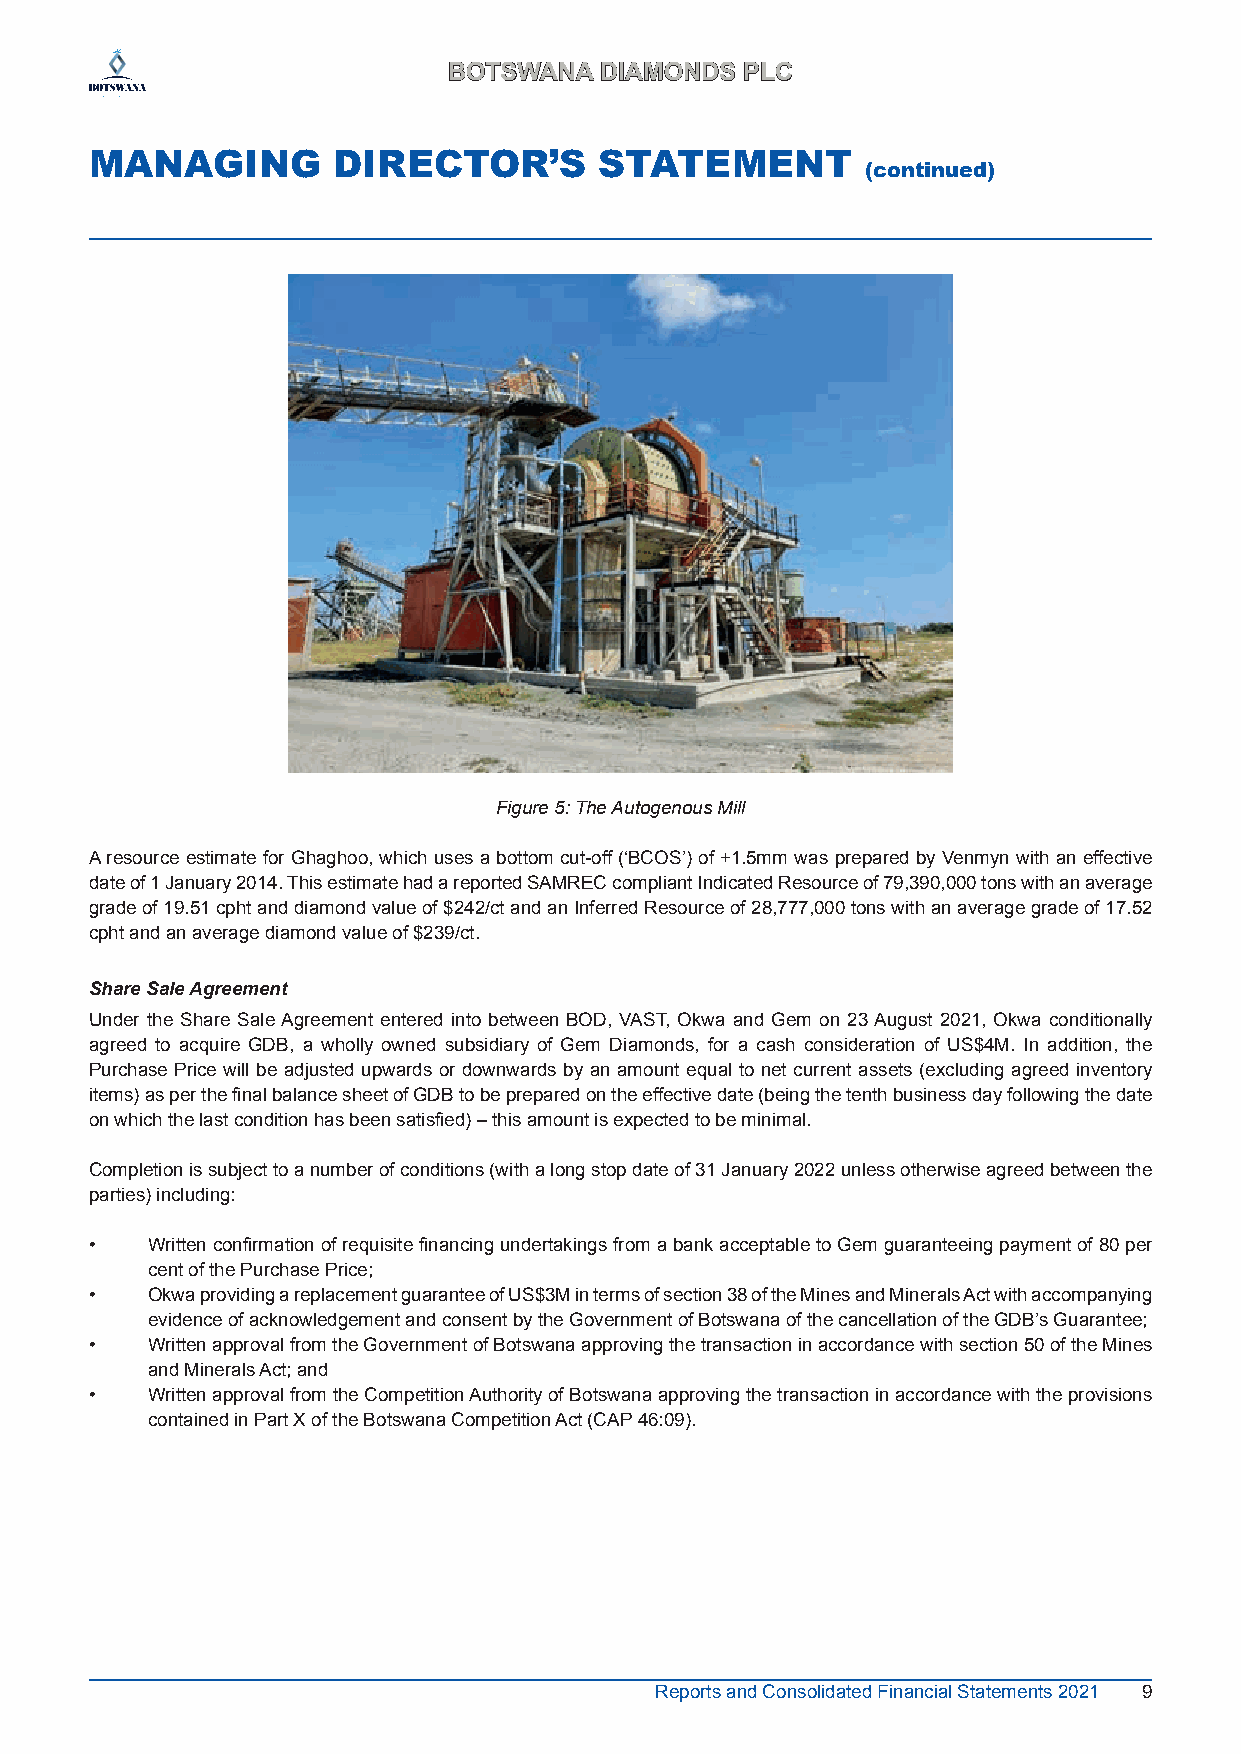
BBOOTTSSWWAANNAA DDIIAAMMOONNDDSS PPLLCC
 MANAGING        DIRECTOR’S        STATEMENT
 (continued)
 Figure 5: The Autogenous Mill
 A resource estimate for Ghaghoo, which uses a bottom cut-off (‘BCOS’) of +1.5mm was prepared by Venmyn with an effective
 date of 1 January 2014. This estimate had a reported SAMREC compliant Indicated Resource of 79,390,000 tons with an average
 grade of 19.51 cpht and diamond value of $242/ct and an Inferred Resource of 28,777,000 tons with an average grade of 17.52
 cpht and an average diamond value of $239/ct.
 Share Sale Agreement
 Under the Share Sale Agreement entered into between BOD, VAST, Okwa and Gem on 23 August 2021, Okwa conditionally
 agreed to acquire GDB, a wholly owned subsidiary of Gem Diamonds, for a cash consideration of US$4M. In addition, the
 Purchase Price will be adjusted upwards or downwards by an amount equal to net current assets (excluding agreed inventory
 items) as per the final balance sheet of GDB to be prepared on the effective date (being the tenth business day following the date
 on which the last condition has been satisfied) – this amount is expected to be minimal.
 Completion is subject to a number of conditions (with a long stop date of 31 January 2022 unless otherwise agreed between the
 parties) including:
 •   Written confirmation of requisite financing undertakings from a bank acceptable to Gem guaranteeing payment of 80 per
 cent of the Purchase Price;
 •   Okwa providing a replacement guarantee of US$3M in terms of section 38 of the Mines and Minerals Act with accompanying
 evidence of acknowledgement and consent by the Government of Botswana of the cancellation of the GDB’s Guarantee;
 •   Written approval from the Government of Botswana approving the transaction in accordance with section 50 of the Mines
 and Minerals Act; and
 •   Written approval from the Competition Authority of Botswana approving the transaction in accordance with the provisions
 contained in Part X of the Botswana Competition Act (CAP 46:09).
 Reports and Consolidated Financial Statements 2021 9